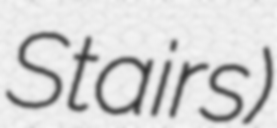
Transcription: Stairs)